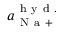
a _ { \mathrm { ~ N ~ a ~ + ~ } } ^ { \mathrm { ~ h ~ y ~ d ~ . ~ } }